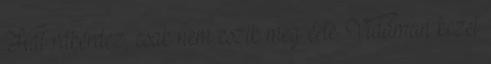
Hát rákérdez, csak nem eszik meg érte. Vidáman kezet